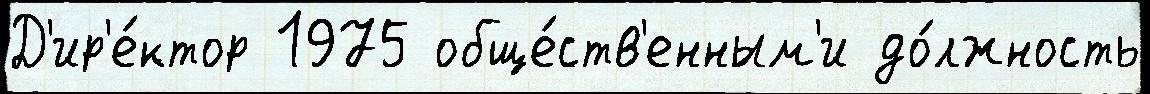
Д'ир'е́ктор 1975 обще́ств'енным'и до́лжность